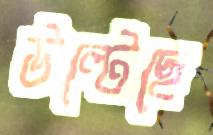
উল্টেছে